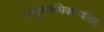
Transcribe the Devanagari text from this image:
उपमुख्याधिकाऱ्यांसह